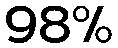
98%